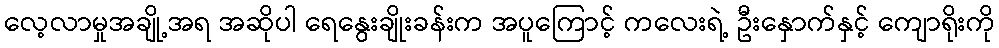
လေ့လာမှုအချို့အရ အဆိုပါ ရေနွေးချိုးခန်းက အပူကြောင့် ကလေးရဲ့ ဦးနှောက်နှင့် ကျောရိုးကို